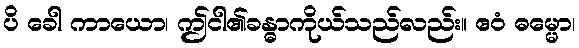
ပိ ခေါ ကာယော၊ ဤငါ၏ခန္ဓာကိုယ်သည်လည်း။ ဧဝံ ဓမ္မော၊